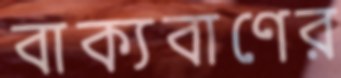
বাক্যবাণের